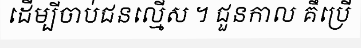
ដើម្បីចាប់ជនល្មើស ។ ជួនកាល គឹប្រើ